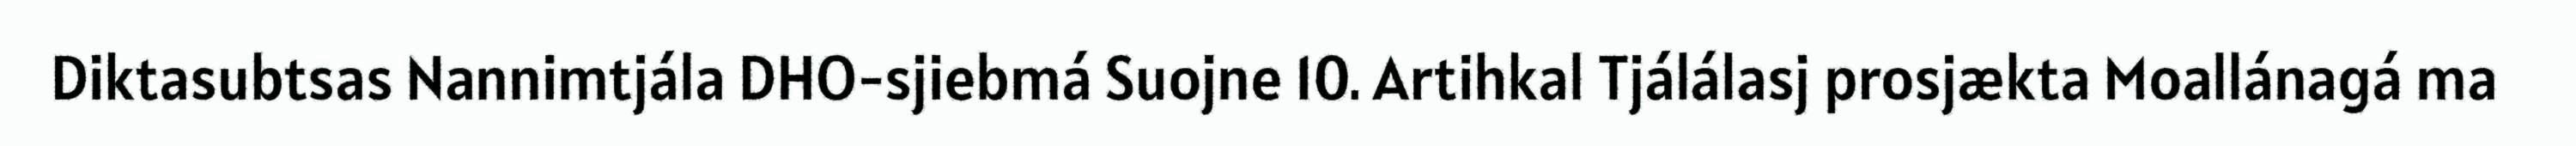
Diktasubtsas Nannimtjála DHO-sjiebmá Suojne 10. Artihkal Tjálálasj prosjækta Moallánagá ma